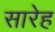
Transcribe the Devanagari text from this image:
सारेह